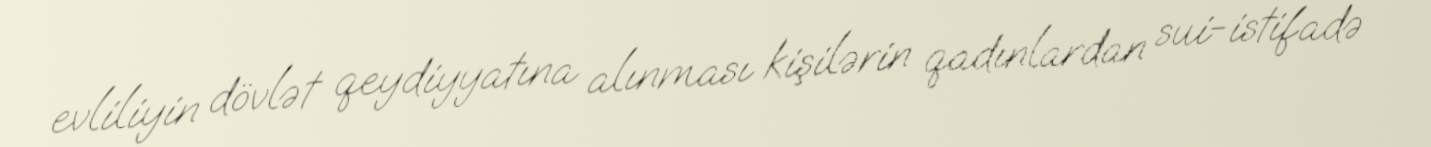
evliliyin dövlət qeydiyyatına alınması kişilərin qadınlardan sui-istifadə